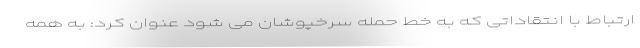
ارتباط با انتقاداتی که به خط حمله سرخپوشان می شود عنوان کرد: به همه